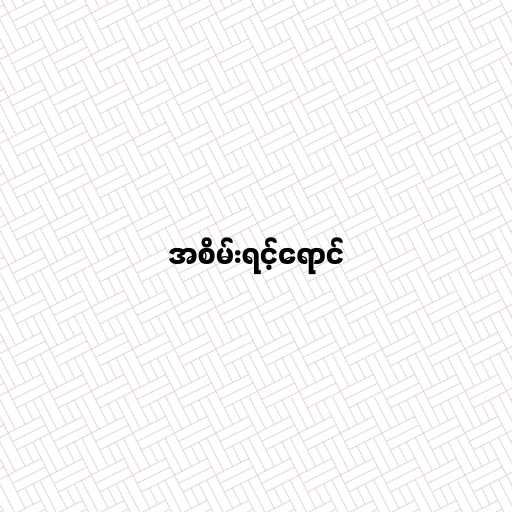
အစိမ်းရင့်ရောင်